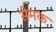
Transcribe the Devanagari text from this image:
सेमक